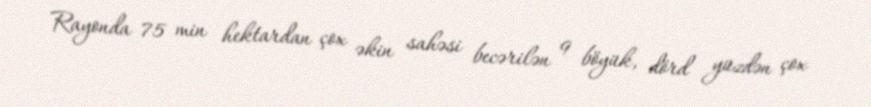
Rayonda 75 min hektardan çox əkin sahəsi becərilən 9 böyük, dörd yüzdən çox